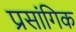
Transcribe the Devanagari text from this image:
प्रसांगिक